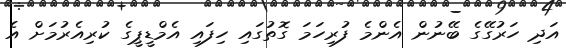
އަދި ހަރުގޭގެ ބޭނުން އެންމެ ފުރިހަމަ ގޮތުގައި ހިފައި އެމްޑީޕީގެ ކުރިއެރުމަށް އެ